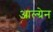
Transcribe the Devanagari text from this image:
आल्ग्रेन